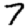
Digit: 7